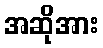
အဆိုအား